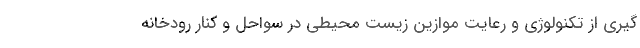
گیری از تکنولوژی و رعایت موازین زیست محیطی در سواحل و کنار رودخانه